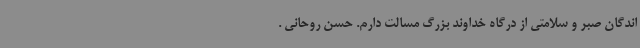
اندگان صبر و سلامتی از درگاه خداوند بزرگ مسالت دارم. حسن روحانی .